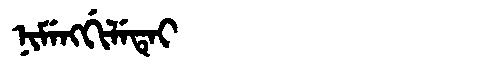
Manchu: ᠨᡳᠮᡝᠩᡤᡳᠯᡝᡨᡝᡳ
Romanization: NIMENGGILETEI